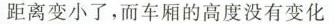
距离变小了，而车厢的高度没有变化